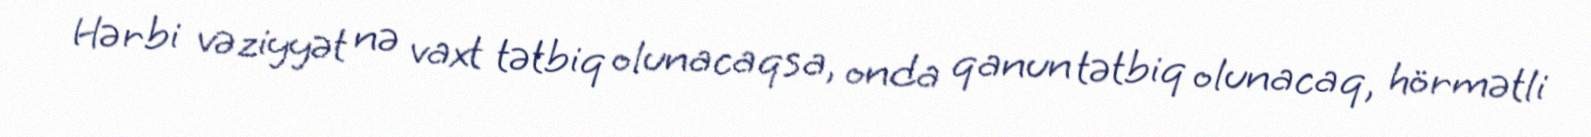
Hərbi vəziyyət nə vaxt tətbiq olunacaqsa, onda qanun tətbiq olunacaq, hörmətli